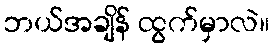
ဘယ်အချိန် ထွက်မှာလဲ။